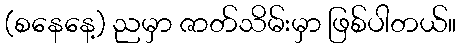
(စနေနေ့) ညမှာ ဇာတ်သိမ်းမှာ ဖြစ်ပါတယ်။